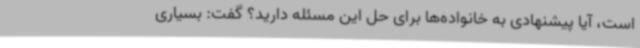
است، آیا پیشنهادی به خانواده‌ها برای حل این مسئله دارید؟ گفت: بسیاری